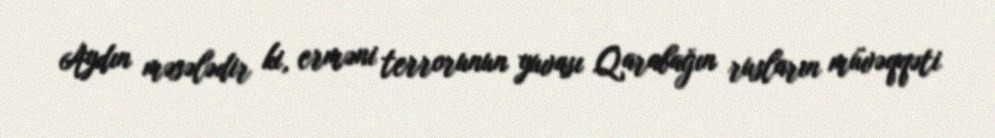
Aydın məsələdir ki, erməni terrorunun yuvası Qarabağın rusların müvəqqəti